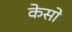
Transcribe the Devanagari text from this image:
केसो